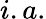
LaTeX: i.a.